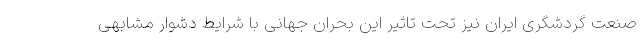
صنعت گردشگری ایران نیز تحت تاثیر این بحران جهانی با شرایط دشوار مشابهی